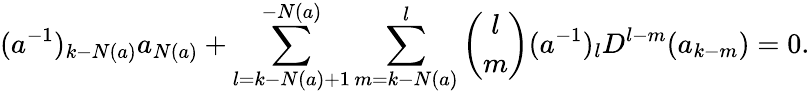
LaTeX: (a^{-1})_{k-N(a)}a_{N(a)}+\sum_{l=k-N(a)+1}^{-N(a)}\sum_{m=k-N(a)}^{l}{\binom{l}{m}}(a^{-1})_{l}D^{l-m}(a_{k-m})=0.